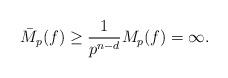
LaTeX: \begin{align*}\bar M_p(f)\ge \frac{1}{p^{n-d}}M_p(f)=\infty .\end{align*}